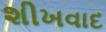
શીખવાદ